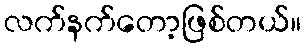
လက်နက်တော့ဖြစ်တယ်။